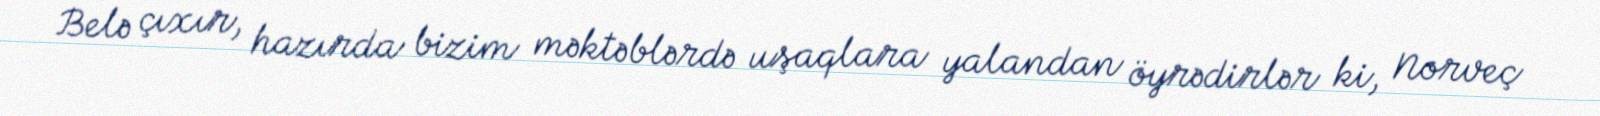
Belə çıxır, hazırda bizim məktəblərdə uşaqlara yalandan öyrədirlər ki, Norveç